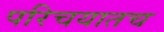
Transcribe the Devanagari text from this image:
परिचयातच